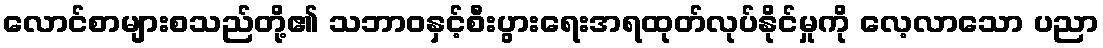
လောင်စာများစသည်တို့၏ သဘာဝနှင့်စီးပွားရေးအရထုတ်လုပ်နိုင်မှုကို လေ့လာသော ပညာ